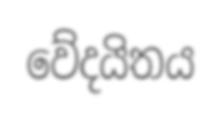
වේදයිතය